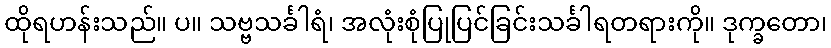
ထိုရဟန်းသည်။ ပ။ သဗ္ဗသင်္ခါရံ၊ အလုံးစုံပြုပြင်ခြင်းသင်္ခါရတရားကို။ ဒုက္ခတော၊